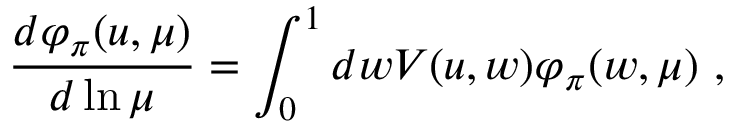
\frac { d \varphi _ { \pi } ( u , \mu ) } { d \ln \mu } = \int _ { 0 } ^ { 1 } d w V ( u , w ) \varphi _ { \pi } ( w , \mu ) ~ ,